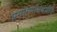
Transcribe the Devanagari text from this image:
प्रसारणासंबंधीचे